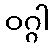
ဝဂ္ဂါ